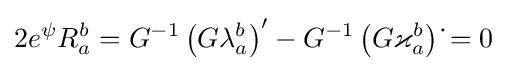
2e^{\psi }R_{a}^{b}=G^{-1}\left(G\lambda _{a}^{b}\right)^{\prime }-G^{-1}\left(G\varkappa _{a}^{b}\right){\dot {}}=0